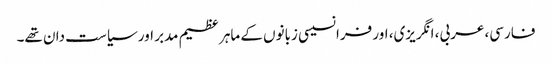
فارسی، عربی، انگریزی، اور فرانسیسی زبانوں کے ماہر عظیم مدبر اور سیاست دان تھے۔